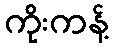
ကိုးကန့်